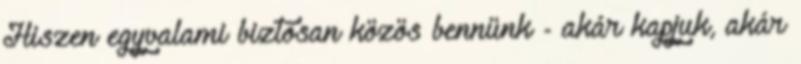
Hiszen egyvalami biztosan közös bennünk - akár kapjuk, akár